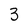
Character: 3